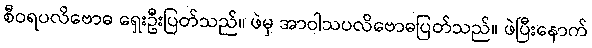
စီဝရပလိဗောဓ ရှေးဦးပြတ်သည်။ ဖဲမှ အာဝါသပလိဗောဓပြတ်သည်။ ဖဲပြီးနောက်